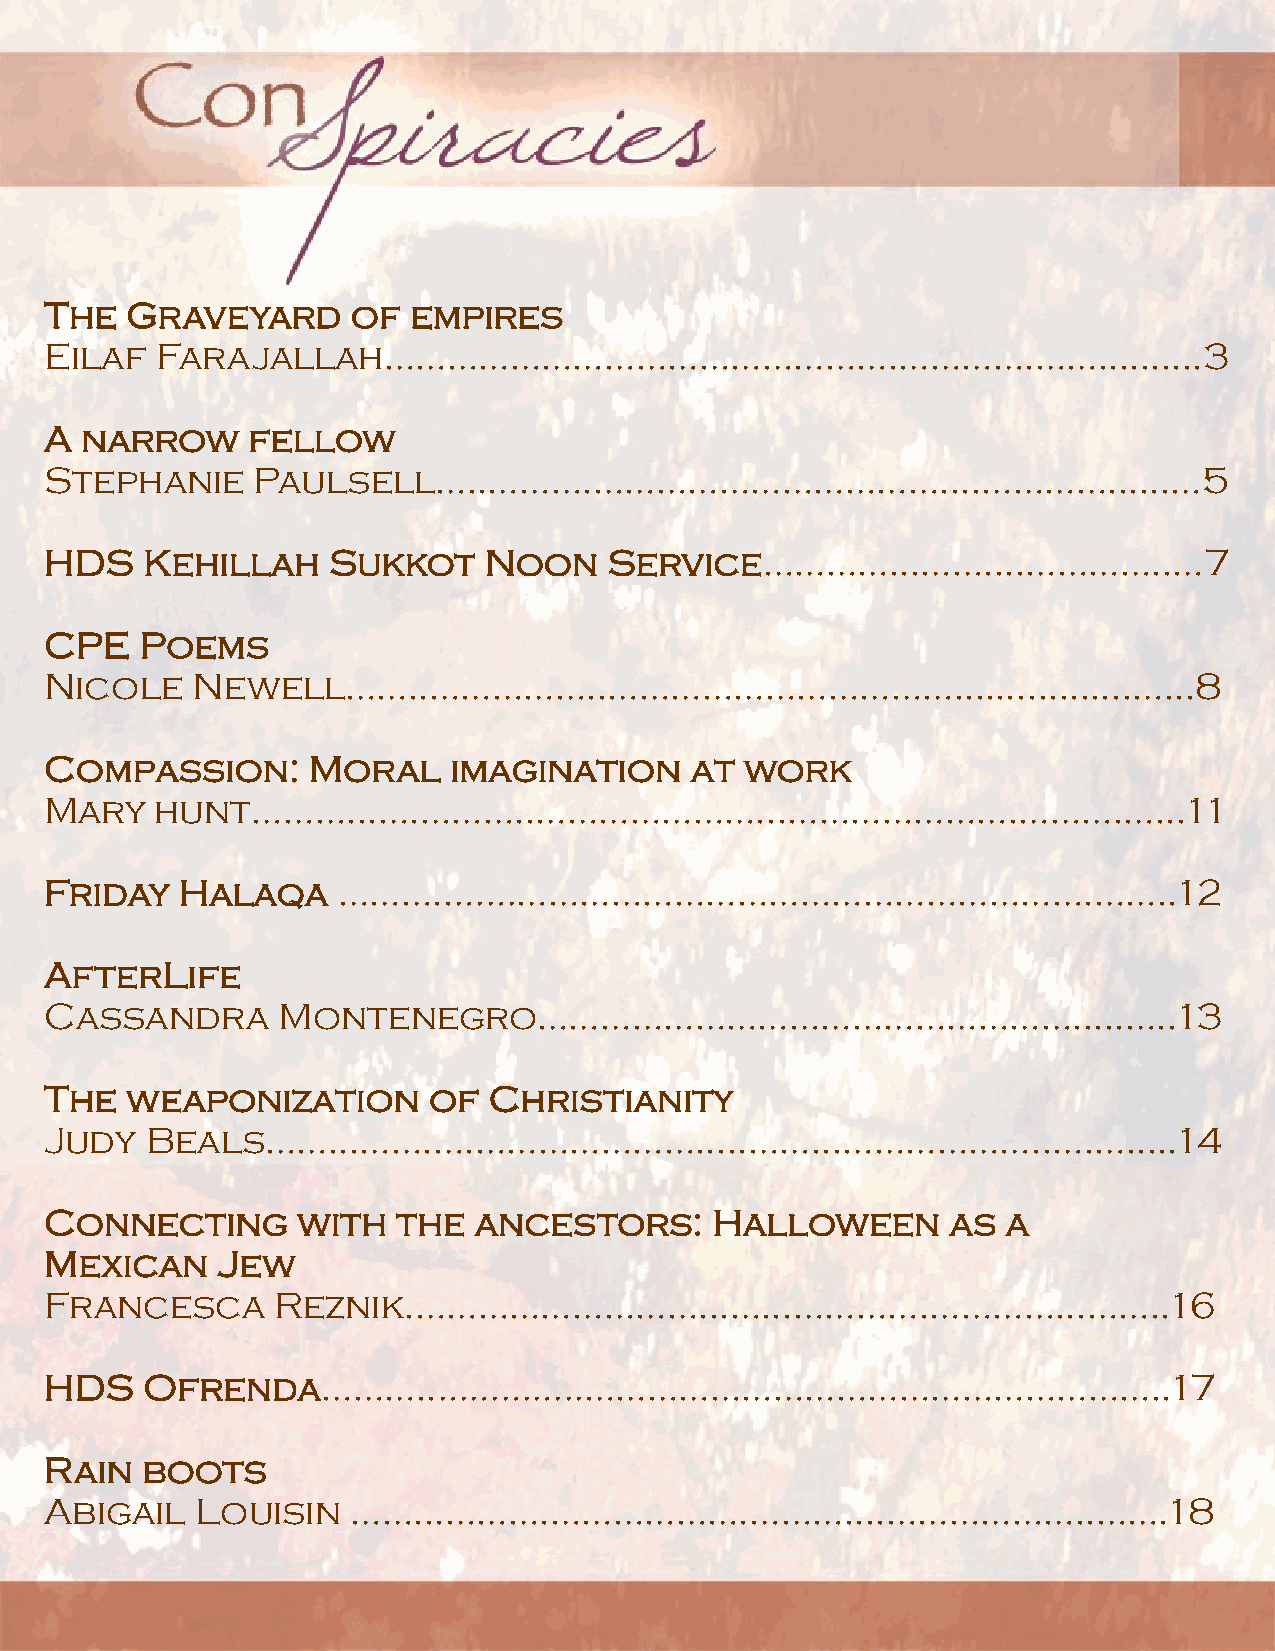
The  Graveyard      of  empires
 Eilaf  Farajallah………………………………………….………….……..........3
 A narrow     fellow
 Stephanie     Paulsell…..……….……………………………....…………......…5
 HDS   Kehillah     Sukkot    Noon    Service…………...……....…………..…7
 CPE   Poems
 Nicole    Newell……..……………..…………………………….................…...8
 Compassion:      Moral     imagination     at work
 Mary   hunt………...….………..…………………...………………….……….…...11
 Friday   Halaqa    ………..…………………………………………………….……..12
 AfterLife
 Cassandra      Montenegro…………………………………………….....…..13
 The  weaponization       of  Christianity
 Judy   Beals……...…….….………………….....……...………………..….….....14
 Connecting       with  the  ancestors:      Halloween       as  a
 Mexican    Jew
 Francesca      Reznik.………………………...…...………….…………...……..16
 HDS   Ofrenda………..…………..………………………………………………..17
 Rain  boots
 Abigail   Louisin   ……...……….……………….………....………………..…….18